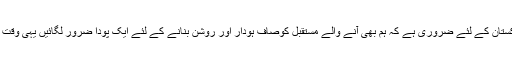
آج سرسبز پاکستان کے لئے ضروری ہے کہ ہم بھی آنے والے مستقبل کوصاف ہودار اور روشن بنانے کے لئے ایک پودا ضرور لگائیں یہی وقت کا تقاضا ہے۔